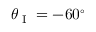
\theta _ { \textup { I } } = - 6 0 ^ { \circ }